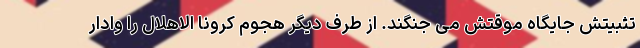
تثبیتش جایگاه موقتش می جنگند. از طرف دیگر هجوم کرونا الاهلال را وادار